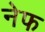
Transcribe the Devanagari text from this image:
नेफ